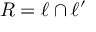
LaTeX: R = \ell \cap \ell ^ { \prime }